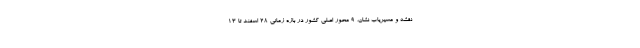
نقشه و مسیریاب نشان، ۹ محور اصلی کشور در بازه زمانی ۲۸ اسفند تا ۱۳